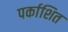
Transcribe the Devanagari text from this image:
पर्काशित